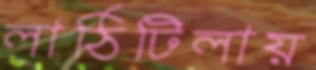
লাঠিটিলায়